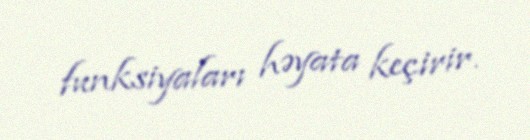
funksiyaları həyata keçirir.